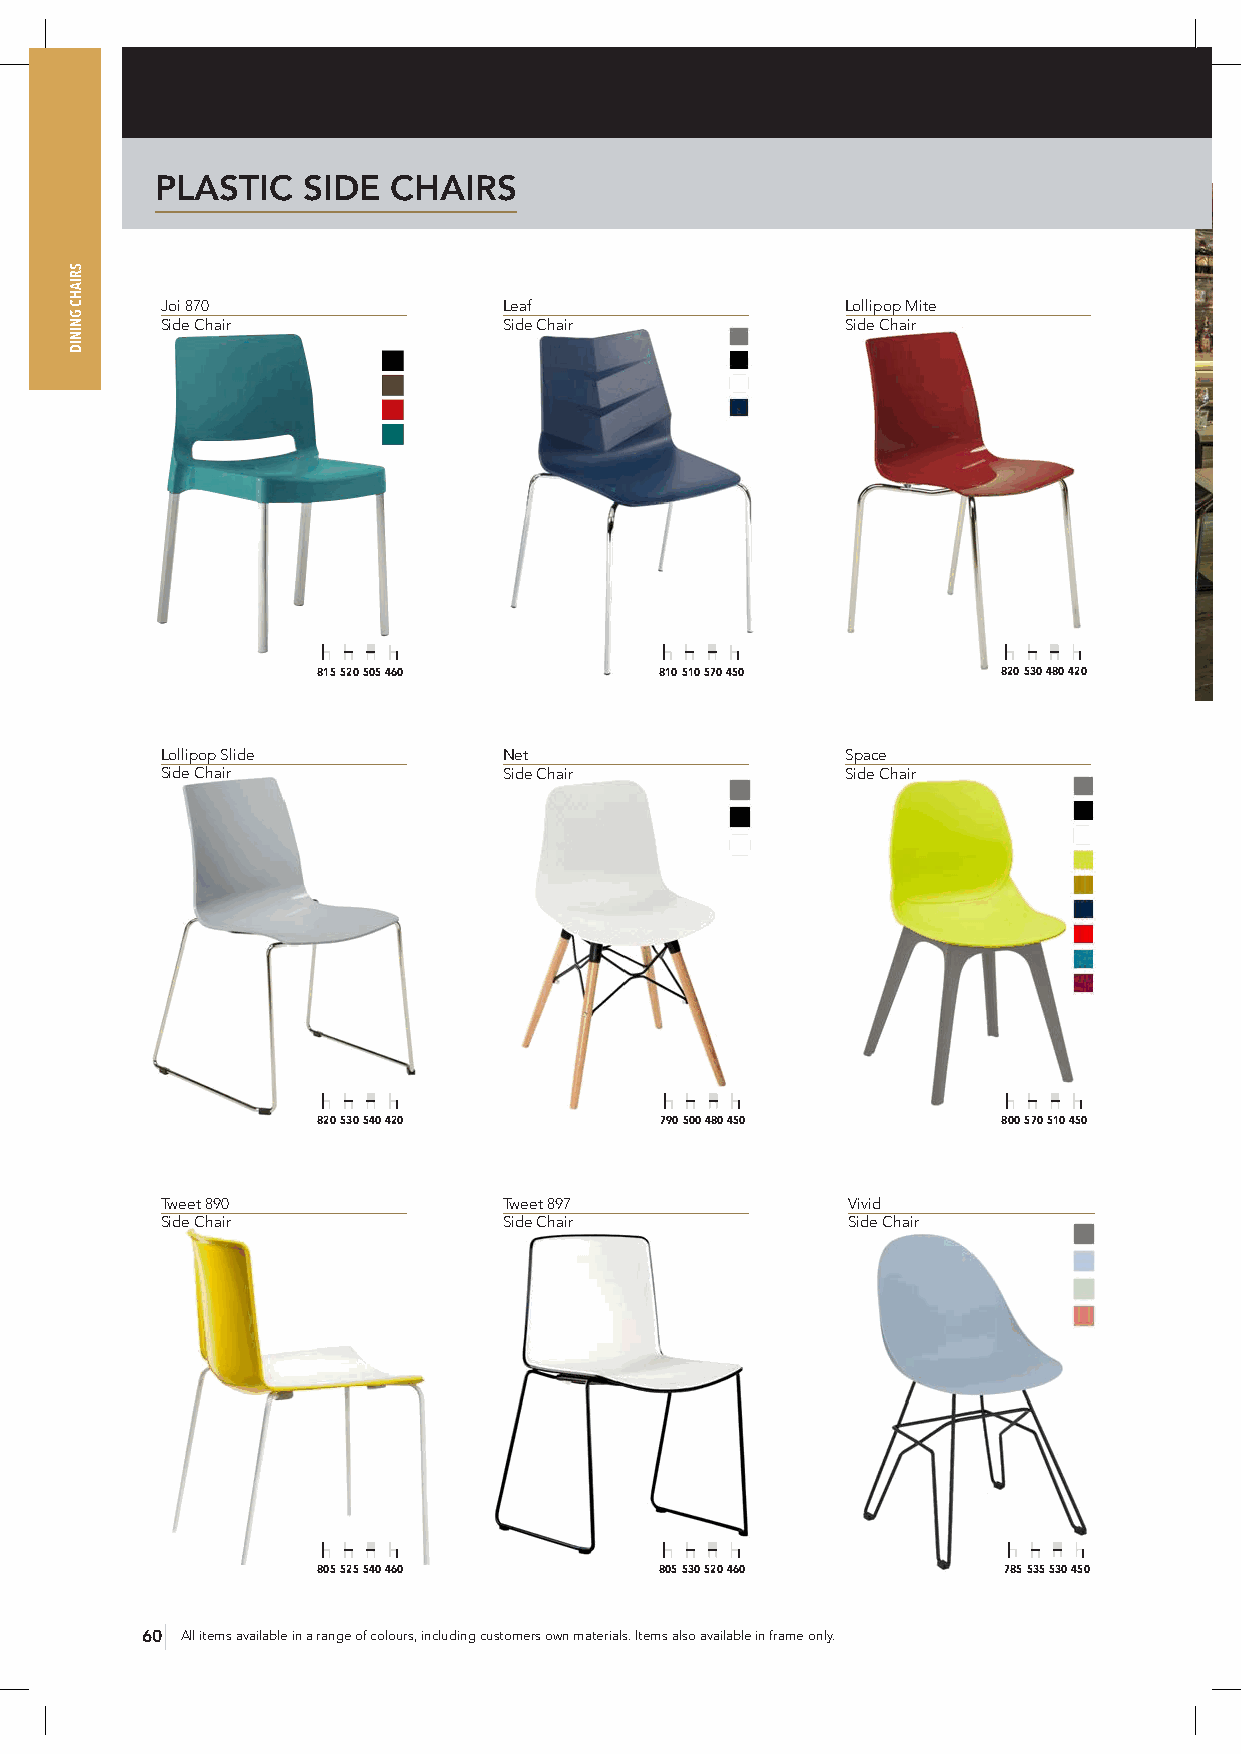
PLASTIC   SIDE  CHAIRS
 Joi 870               Leaf                   Lollipop Mite
 Side Chair            Side Chair             Side Chair
 815 520 505 460        810 510 570 450       820 530 480 420
 Lollipop Slide        Net                    Space
 Side Chair            Side Chair             Side Chair
 820 530 540 420        790 500 480 450       800 570 510 450
 Tweet 890             Tweet 897              Vivid
 Side Chair            Side Chair             Side Chair
 805 525 540 460        805 530 520 460       785 535 530 450
 60 All items available in a range of colours, including customers own materials. Items also available in frame only.
 SRIAHC
 GNINID